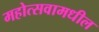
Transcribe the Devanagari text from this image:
महोत्सवामधील